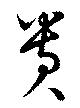
貴